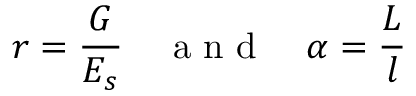
r = \frac { G } { E _ { s } } \quad \mathrm { ~ a ~ n ~ d ~ } \quad \alpha = \frac { L } { l }